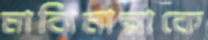
মাঝিমাল্লাকে